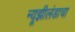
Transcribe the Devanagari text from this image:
न्यूझीलंडाचा